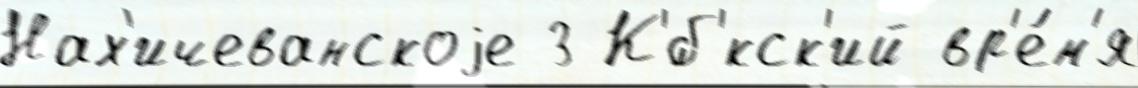
Нах'ичеванскоjе 3 К'́б'кск'ий вр'е́м'я